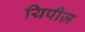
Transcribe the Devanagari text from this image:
यिपीज़